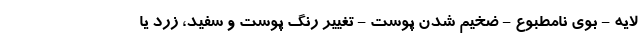
لایه - بوی نامطبوع - ضخیم شدن پوست - تغییر رنگ پوست و سفید، زرد یا